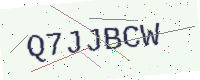
Text: Q7JJBCW